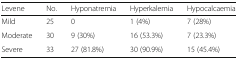
<table><thead><tr><td><b>Levene</b></td><td><b>No.</b></td><td><b>Hyponatremia</b></td><td><b>Hyperkalemia</b></td><td><b>Hypocalcaemia</b></td></tr></thead><tbody><tr><td>Mild</td><td>25</td><td>0</td><td>1 (4%)</td><td>7 (28%)</td></tr><tr><td>Moderate</td><td>30</td><td>9 (30%)</td><td>16 (53.3%)</td><td>7 (23.3%)</td></tr><tr><td>Severe</td><td>33</td><td>27 (81.8%)</td><td>30 (90.9%)</td><td>15 (45.4%)</td></tr></tbody></table>